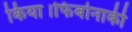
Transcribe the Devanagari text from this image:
किया।फिबोनाकी